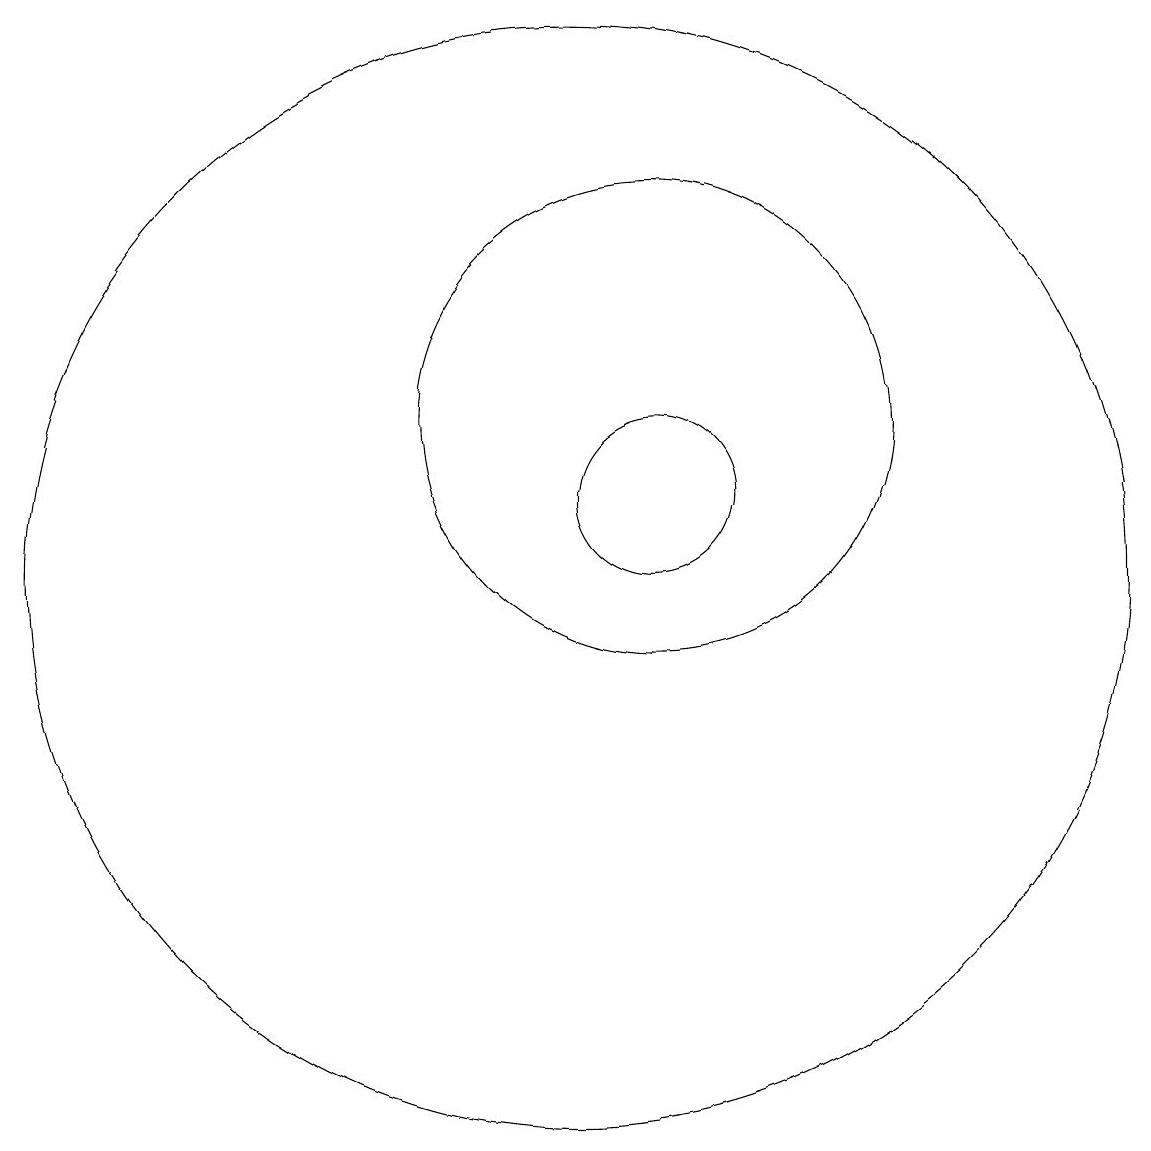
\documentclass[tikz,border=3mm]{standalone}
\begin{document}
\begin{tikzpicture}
\draw (10,10) circle (7);
\draw (11,12) circle (3);
\draw (11,11) circle (1);
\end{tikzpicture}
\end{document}